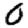
Digit: 0